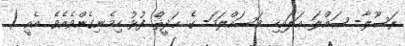
ރަސޫލާ- ޞައްލަ ޢަލައިހި ވަސައްލަމަ- ގެ ޙަދީޘް ފުޅު ހިމެނިގެންވެއެވެ. އެއީ (